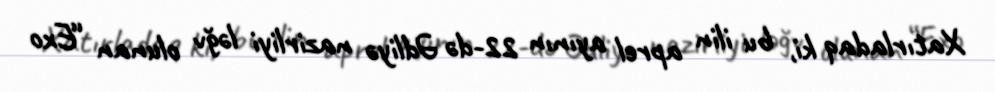
Xatırladaq ki, bu ilin aprel ayının 22-də Ədliyə nazirliyi ləğv olunan “Exo